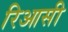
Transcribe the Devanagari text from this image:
रिआसी